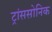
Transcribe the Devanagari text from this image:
ट्रांससोनिक